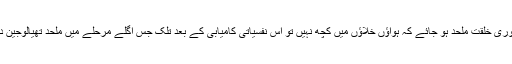
لیکن ایں خیال است و محال است، اک آن میں پوری خلقت ملحد ہو جائے کہ ہواؤں خلاؤں میں کچھ نہیں تو اس نفسیاتی کامیابی کے بعد تلک جس اگلے مرحلے میں ملحد تھیالوجین داخل ہونگے وہ پھر وہی ہوگا _ خدا کی تلاش !